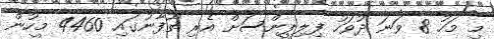
މި މަހު 8 ވަނަ ދުވަހު ފިލިޕީންސަށް އެރި ތޫފާނުގައި 4460 މީހުން